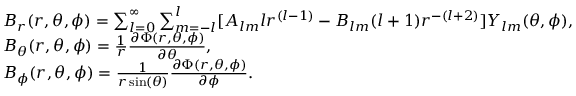
\begin{array} { r l } & { B _ { r } ( r , \theta , \phi ) = \sum _ { l = 0 } ^ { \infty } \sum _ { m = - l } ^ { l } [ A _ { l m } l r ^ { ( l - 1 ) } - B _ { l m } ( l + 1 ) r ^ { - ( l + 2 ) } ] Y _ { l m } ( \theta , \phi ) , } \\ & { B _ { \theta } ( r , \theta , \phi ) = \frac 1 r \frac { \partial \Phi ( r , \theta , \phi ) } { \partial \theta } , } \\ & { B _ { \phi } ( r , \theta , \phi ) = \frac 1 { r \sin ( \theta ) } \frac { \partial \Phi ( r , \theta , \phi ) } { \partial \phi } . } \end{array}